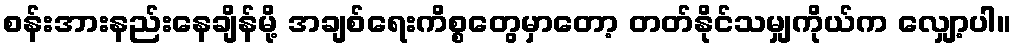
စန်းအားနည်းနေချိန်မို့ အချစ်ရေးကိစ္စတွေမှာတော့ တတ်နိုင်သမျှကိုယ်က လျှော့ပါ။